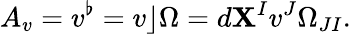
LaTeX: A_{v}=v^{\flat}=v\rfloor\Omega=d\mathbf{X}^{I}v^{J}\Omega_{JI}.